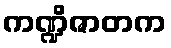
ကဏ္ဍိဇာတက